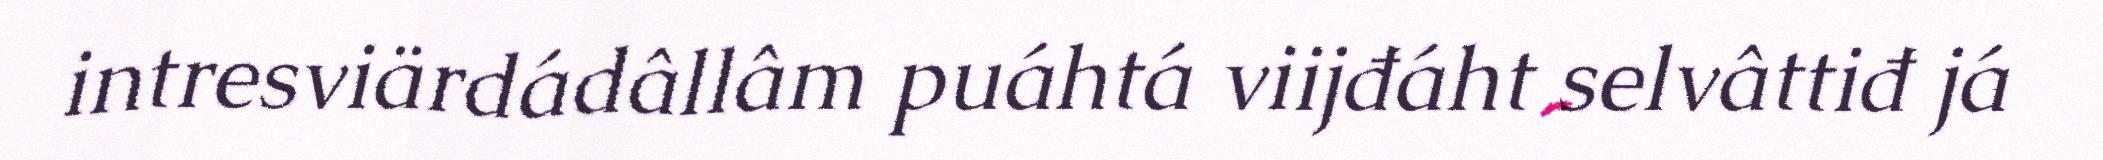
intresviärdádâllâm puáhtá viijđáht selvâttiđ já